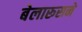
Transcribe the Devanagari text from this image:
बेलारूसने